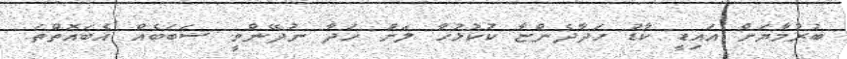
ބުރުމާޔަށް އައިޑީ ކާޑު ހަދާދެންޏާ ކުކުޅުހާ ލަށް ހަދާ ނުދޭންވީ ސަބަބެއް އެބައޮތްތަ.